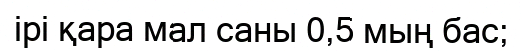
ірі қара мал саны 0,5 мың бас;